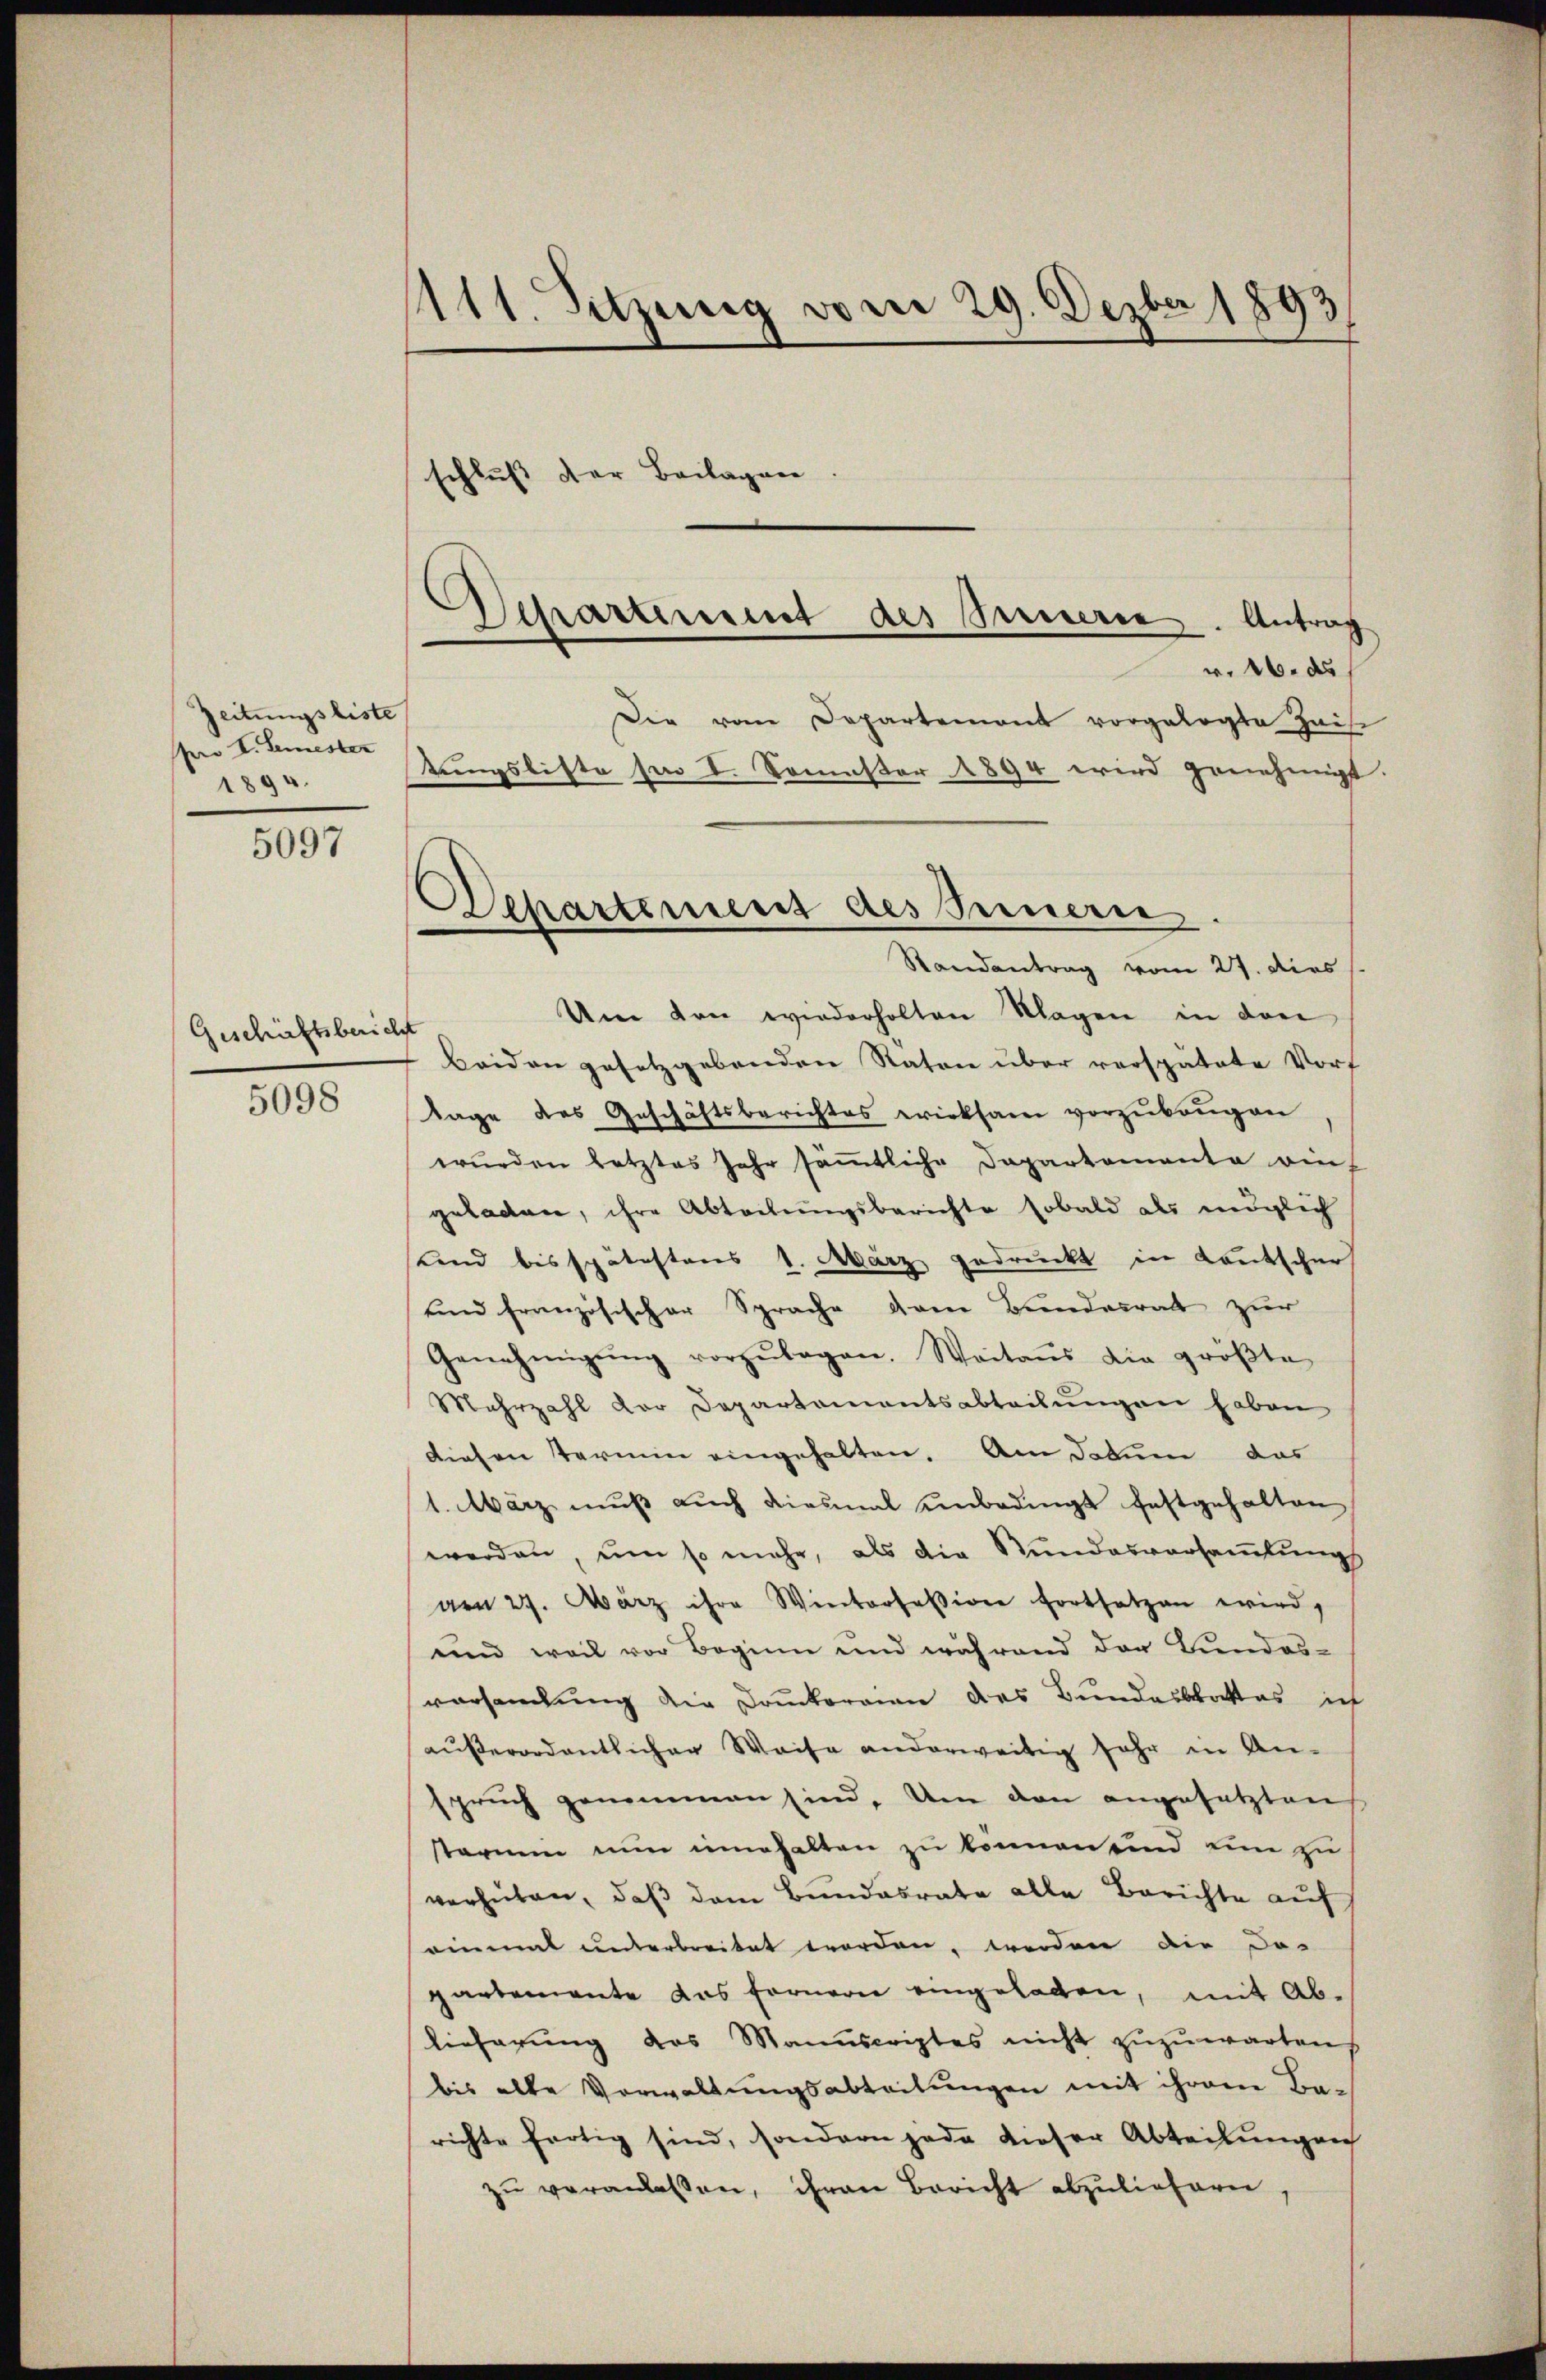
Zeitungsliste
pro I. Semester
1894.

5097

Geschäftsberich

5098

111. Sitzung vom 29. Dezber 1893
schluß der Beilagen

Um von wiederholten Klagen in den
beiden gesetzgebenden Raten über verspätete Vorf
tage des Geschäftsberichtes wirksam vorzubeugen
wurden letztes Jahr säṁtliche Dapartementa ein-
geladen, ihre Abteilungsberichte sobald als möglich
sunnd bis spätestens 1. März gedruckt in Kautscher
und französischer Sprache dem Bundesrat zur
Genehmigŭng vorzŭlegen. Weitaŭs die groβte
Mehrzahl der Departementsabteilŭngen haben
diesen Termin eingehalten. Am Datum das
1. März mŭβ aŭch diesmal unbedingt festgehalten
werden, um so mehr, als die Stundesversammlungs
aen 27. März ihre Winterfession fortsetzen wird,
und weil vor Beginn und während der Bundes-
vorsamlung die Konkorrien des Bundesblattas ich
außerordentlicher Weise anderweitig sehr in An-
spruch genommen sind. Um den angesetzten
starum nun innehalten zu können und ein zu
verhüten, daß dem Bundesrate alle Berichte auf
einmal unterbreitet worden, werden die Do-
partemente das fernern eingelagen, mit Ablieferŭng des Manuscriptes nicht zŭzŭwarten
bis alte Verwaltungsabteilungen mit ihrem Barichte fertig sind, sondern jede dieser Abteilungen
zŭ veranlassen, ihren Bericht abzulieferen.

Departement des Inneren. Antrag
r. 16. ds
Die vom Departement vorgelegte Heis
tungsliste son I. Somuster 1894 wird genehmigt.
Departement des Seinern
Randantrag vom 27. dies